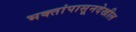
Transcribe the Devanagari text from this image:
भक्तांपासूनदेखील